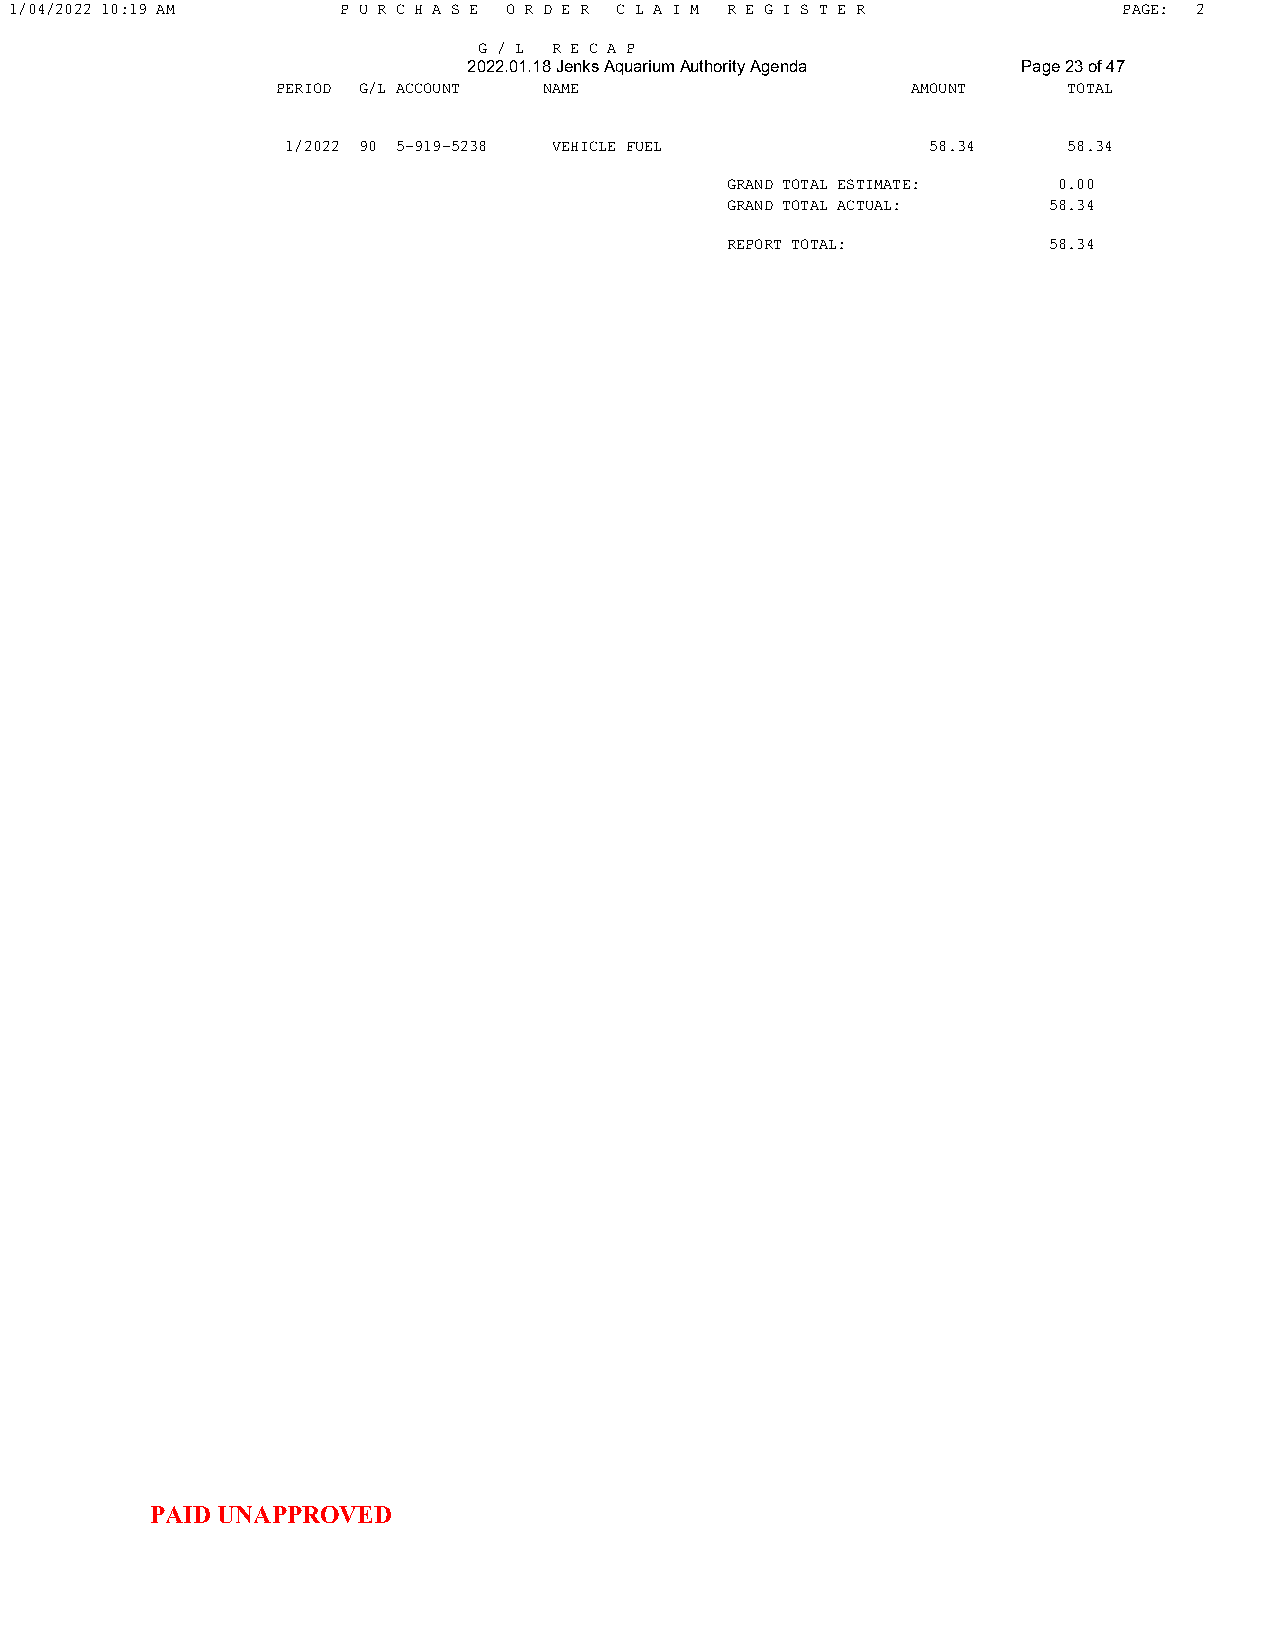
1/04/2022 10:19 AM    P U R C H A S E O R D E R C L A I M R E G I S T E R PAGE: 2
 G / L R E C A P
 2022.01.18 Jenks Aquarium Authority Agenda Page 23 of 47
 PERIOD G/L ACCOUNT NAME                   AMOUNT     TOTAL
 1/2022 90 5-919-5238 VEHICLE FUEL          58.34    58.34
 GRAND TOTAL ESTIMATE: 0.00
 GRAND TOTAL ACTUAL:  58.34
 REPORT TOTAL:        58.34
 PAID UNAPPROVED